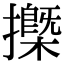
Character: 𢷽